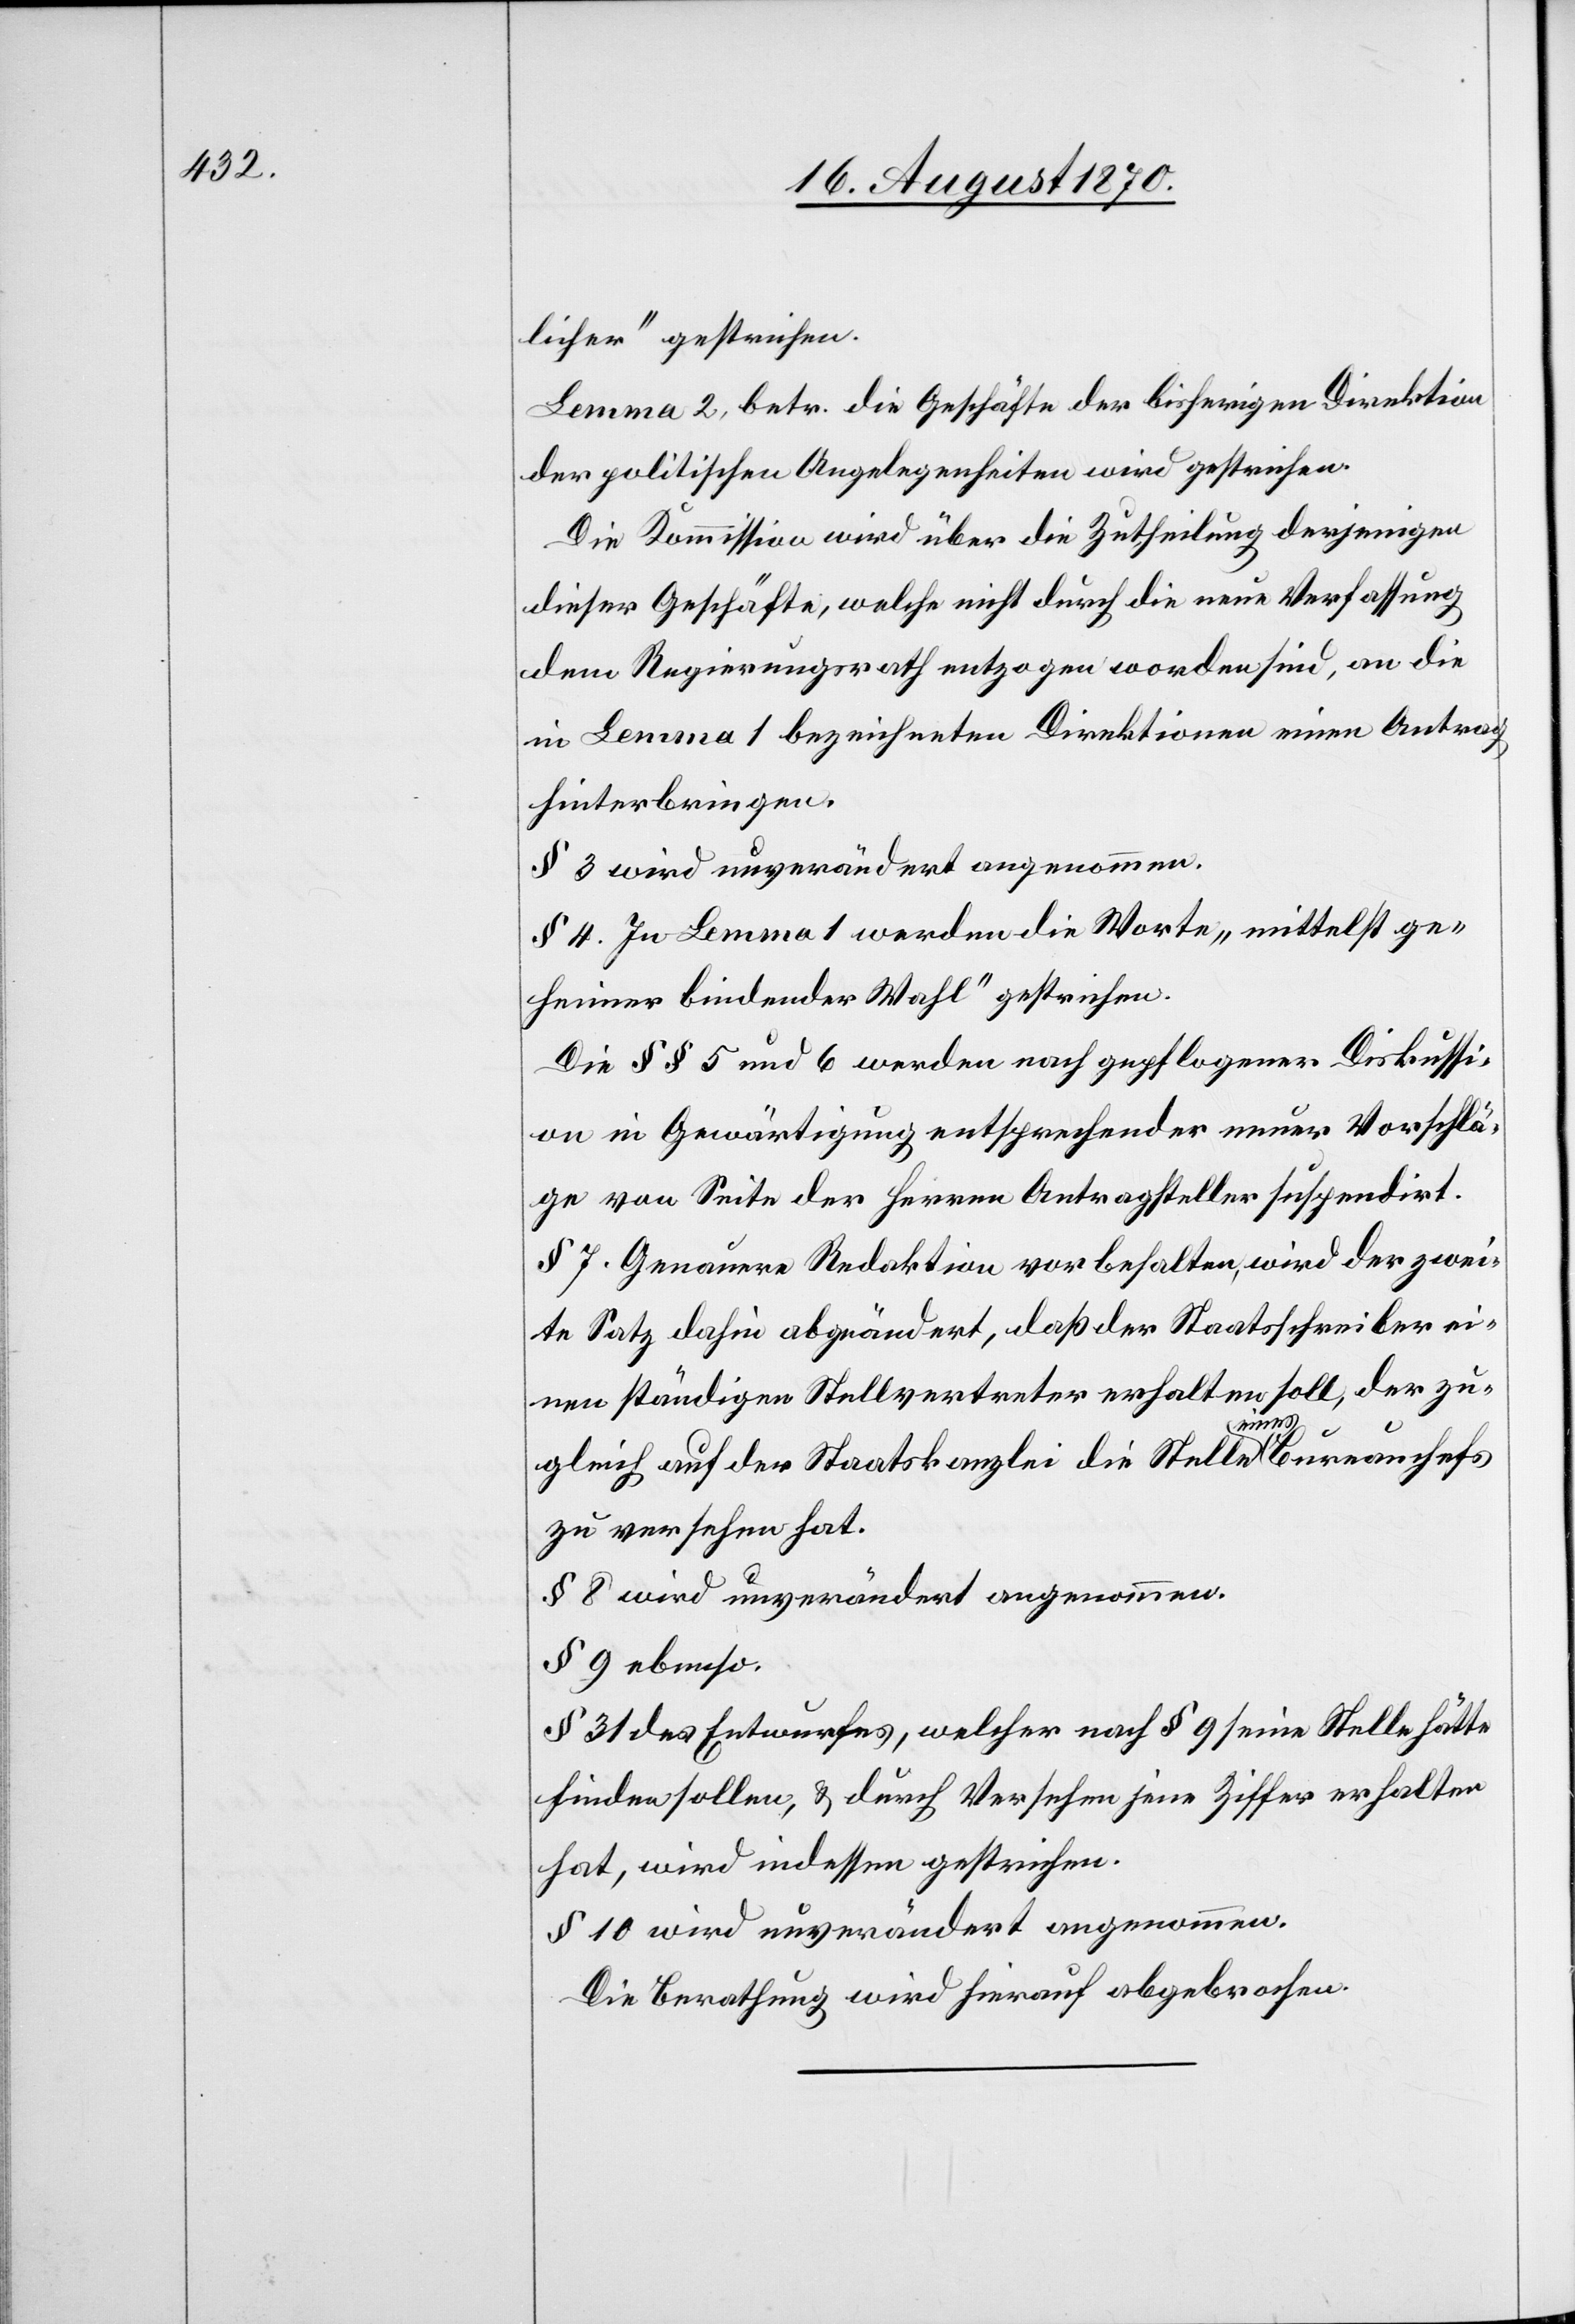
licher“ gestrichen
Lemma 2, betr. die Geschäfte der bisherigen Direktion
der politischen Angelegenheiten wird gestrichen.
Die Kommission wird über die Zutheilung derjenigen
dieser Geschäfte, welche nicht durch die neue Verfassung
dem Regierungsrath entzogen worden sind, an die
in Lemma 1 bezeichneten Direktionen einen Antrag
hinterbringen.
§ 3 wird unverändert angenommen.
§ 4. In Lemma 1 werden die Worte „mittelst ge¬
heimer bindender Wahl“ gestrichen.
Die §§ 5 und 6 werden nach gepflogener Diskussi¬
on in Gewärtigung entsprechender neuer Vorschlä¬
ge von Seite der Herren Antragsteller suspendirt.
§ 7. Genauere Redaktion vorbehalten, wird der zwei¬
te Satz dahin abgeändert, daß der Staatsschreiber ei¬
nen ständigen Stellvertreter erhalten soll, der zu¬
gleich auf der Staatskanzlei die Stelle eines Bureauchefs
zu versehen hat.
§ 8 wird unverändert angenommen.
§ 9 ebenso.
§ 31 des Entwurfes, welcher nach § 9 seine Stelle hätte
finden sollen, & durch Versehen jene Ziffer erhalten
hat, wird indessen gestrichen.
§ 10 wird unverändert angenommen.
Die Berathung wird hierauf abgebrochen.